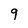
Character: 9